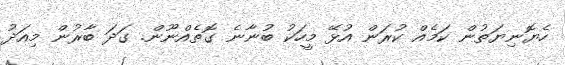
ހެޔޮނިޔަތުން ކަމެއް ކުރަން އުޅޭ މީހަކު ބުނާނެ ގޮތެއްނޫން. ގަދަ ބާރުން މިއަދު